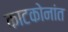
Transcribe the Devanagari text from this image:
काटकोनांत